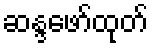
ဆန္ဒဖော်ထုတ်